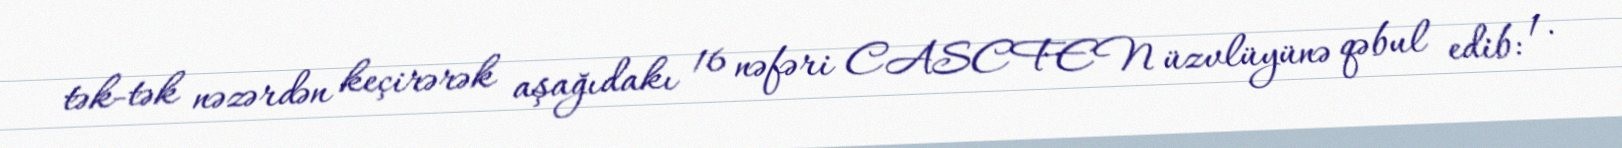
tək-tək nəzərdən keçirərək aşağıdakı 16 nəfəri CASCFEN üzvlüyünə qəbul edib: 1.